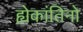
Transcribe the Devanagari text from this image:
ह्येकांतिनो